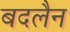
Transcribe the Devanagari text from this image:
बदलैन